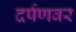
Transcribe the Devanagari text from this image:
दर्पणवर